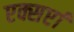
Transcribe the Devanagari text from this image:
एक्सर्प्टा